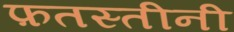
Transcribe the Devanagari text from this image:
फ़तस्तीनी